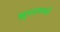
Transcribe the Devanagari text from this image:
सुरतमध्ये